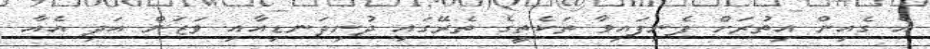
އެ ގެއިން އިތުރަށް ފެނިފައިވާ ތަކެތީގެ ތެރޭގައި ދުނިދަނޑިއާއި ވަޒަން އަދި އެއާ